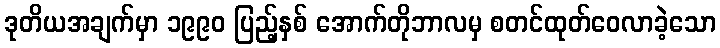
ဒုတိယအချက်မှာ ၁၉၉၀ ပြည့်နှစ် အောက်တိုဘာလမှ စတင်ထုတ်ဝေလာခဲ့သော